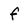
Character: f